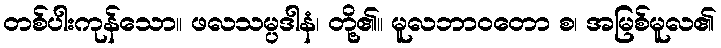
တစ်ပါးကုန်သော။ ဖလသမ္ပဒါနံ၊ တို့၏။ မူလဘာဝတော စ၊ အမြစ်မူလ၏